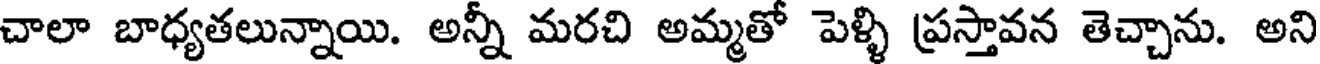
చాలా బాధ్యతలున్నాయి. అన్నీ మరచి అమ్మతో పెళ్ళి ప్రస్తావన తెచ్చాను. అని